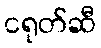
ငရုတ်ဆီ